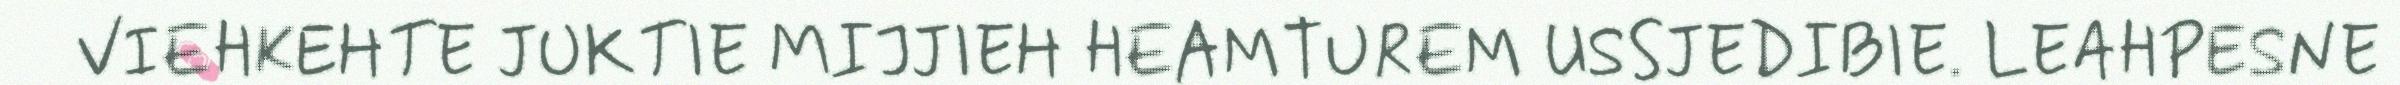
VIEHKEHTE JUKTIE MIJJIEH HEAMTUREM USSJEDIBIE. LEAHPESNE